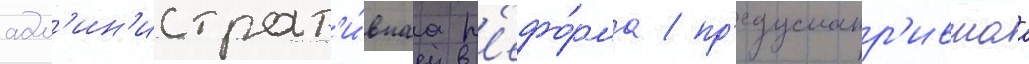
адм'ин'истрат'и́внаа р'ефо́рма / пр'едусматр'ившаа